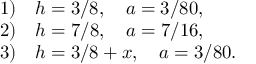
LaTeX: \begin{array} { l l } { { 1 ) } } & { { h = 3 / 8 , \quad a = 3 / 8 0 , } } \\ { { 2 ) } } & { { h = 7 / 8 , \quad a = 7 / 1 6 , } } \\ { { 3 ) } } & { { h = 3 / 8 + x , \quad a = 3 / 8 0 . } } \end{array}